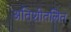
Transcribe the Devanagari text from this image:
अतिशीतलित